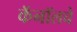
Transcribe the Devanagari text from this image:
कॅनॉलचे